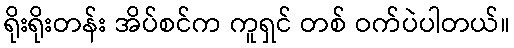
ရိုးရိုးတန်း အိပ်စင်က ကူရှင် တစ် ဝက်ပဲပါတယ်။